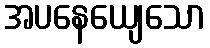
အပနေယျေသော